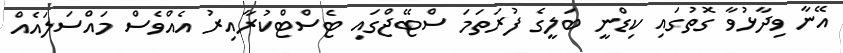
އޭނާ ވިދާޅުވާ ގޮތުގައި ކިޑްނީ ބަލީގެ ފުރަތަމަ ސްޓޭޖްގައި ޓެސްޓްކުރާއިރު އެއްވެސް މައްސަލައެއް